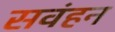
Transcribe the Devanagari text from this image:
सवंहन